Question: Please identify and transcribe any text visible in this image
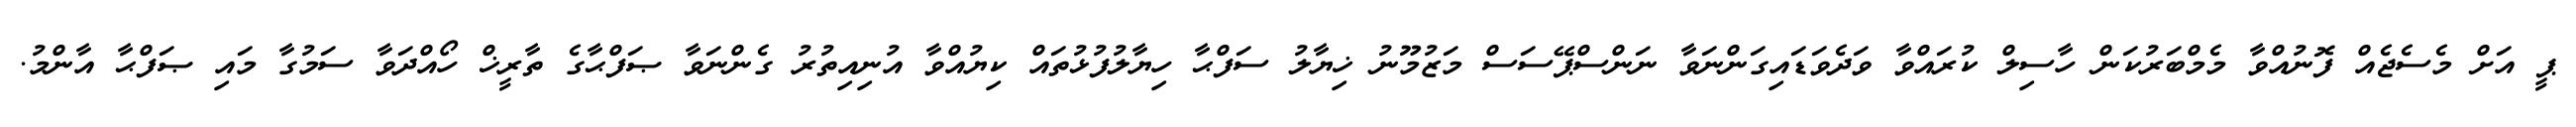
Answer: ޕީ އަށް މެސެޖެއް ފޮނުއްވާ މެމްބަރުކަން ހާސިލް ކުރައްވާ ވަދެވަޑައިގަންނަވާ ނަންސްޕޭސަސް މަޒުމޫނު ޚިޔާލު ސަފްޙާ ހިޔާލުފުޅުތައް ކިޔުއްވާ އުނިއިތުރު ގެންނަވާ ޞަފްޙާގެ ތާރީޚް ހޯއްދަވާ ސަމުގާ މައި ޞަފްޙާ އާންމު.